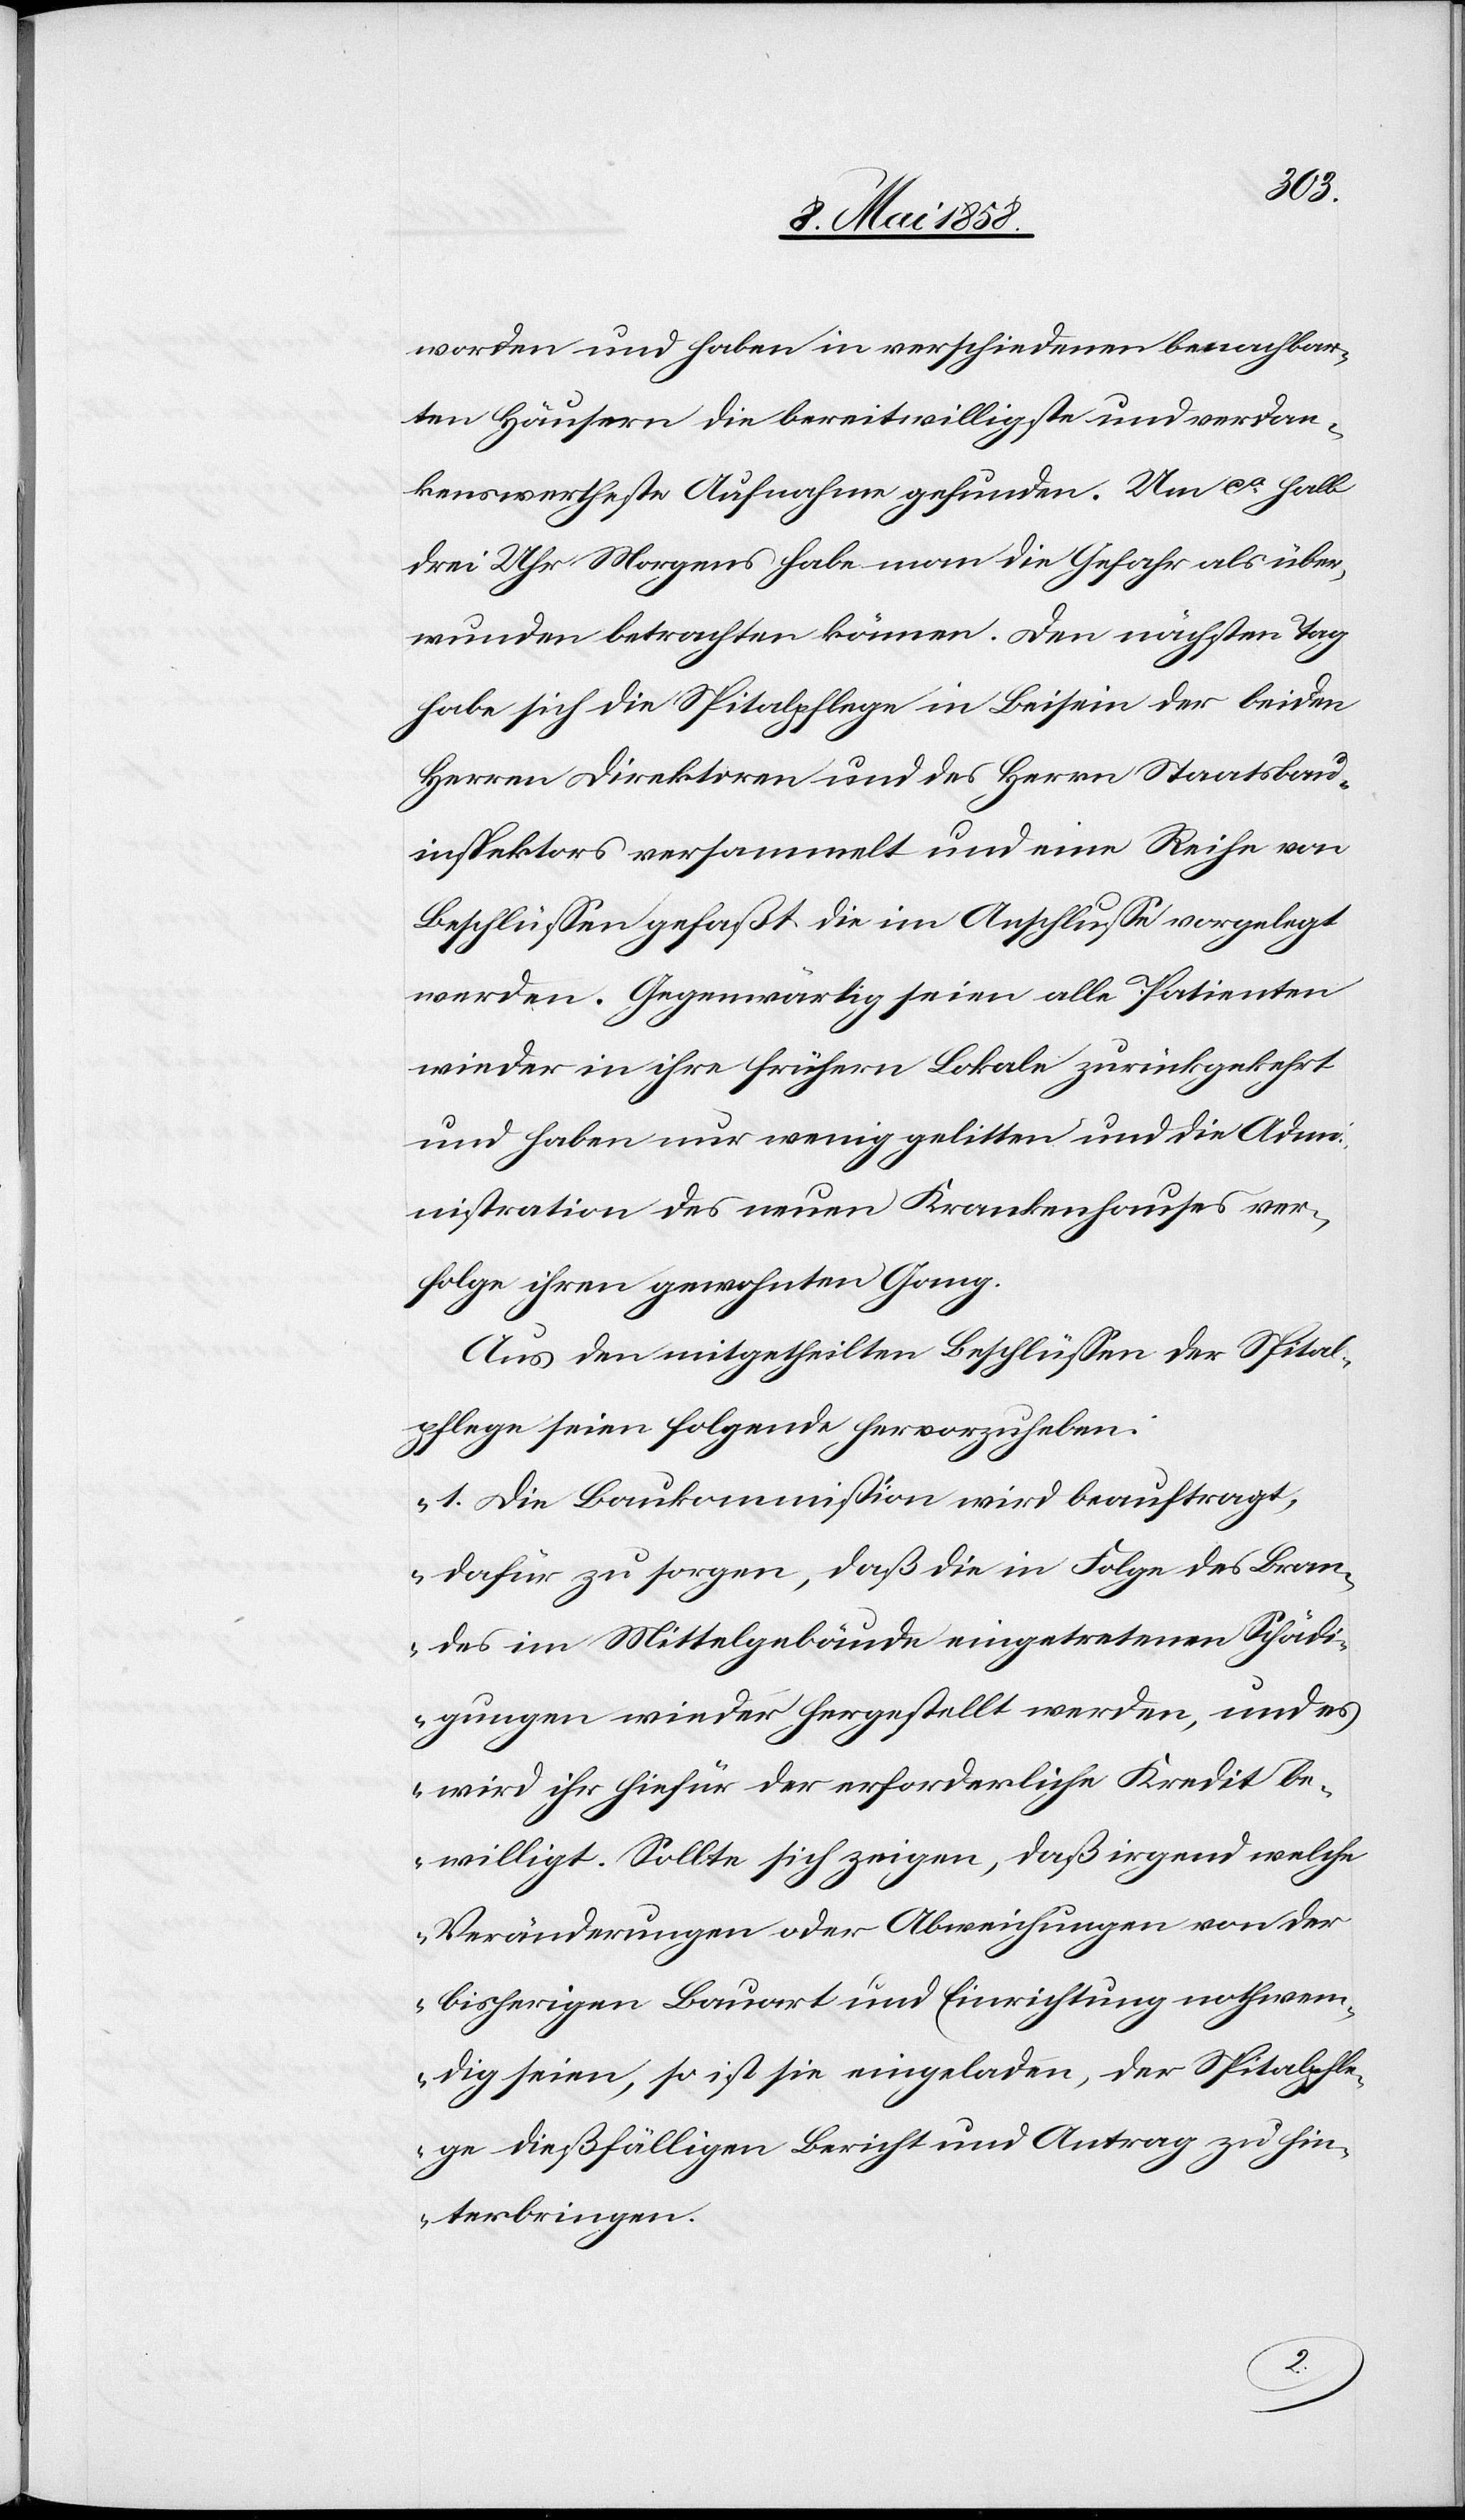
worden und haben in verschiedenen benachbar¬
ten Häusern die bereitwilligste und verdan¬
kenswertheste Aufnahme gefunden. Um ca halb
drei Uhr Morgens habe man die Gefahr als über¬
wunden betrachten können. Den nächsten Tag
habe sich die Spitalpflege in Beisein der beiden
Herren Direktoren und des Herrn Staatsbau¬
inspektors versammelt und eine Reihe von
Beschlüssen gefaßt die im Anschlusse vorgelegt
werden. Gegenwärtig seien alle Patienten
wieder in ihre frühern Lokale zurückgekehrt
und haben nur wenig gelitten und die Adm¬
inistration des neuen Krankenhauses ver¬
folge ihren gewohnten Gang.
Aus den mitgetheilten Beschlüssen der Spital¬
pflege seien folgende hervorzuheben:
„1. Die Baukommission wird beauftragt,
dafür zu sorgen, daß die in Folge des Bran¬
des im Mittelgebäude eingetretenen Schädi¬
gungen wieder hergestellt werden, und es
wird ihr hiefür der erforderliche Kredit be¬
willigt. Sollte sich zeigen, daß irgend welche
Veränderungen oder Abweichungen von der
bisherigen Bauart und Einrichtung nothwen¬
dig seien, so ist sie eingeladen, der Spitalpfle¬
ge dießfälligen Bericht und Antrag zu hin¬
terbringen.